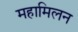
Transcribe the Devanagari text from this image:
महामिलन